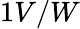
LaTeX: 1V/W